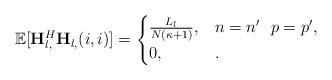
LaTeX: \begin{align*}\mathbb{E}[\mathbf{H}^H_{l,}\mathbf{H}_{l,}(i,i)] = \begin{cases}\frac{L_l}{N(\kappa+1)}, & n=n'~~p=p', \\0, & .\end{cases}\end{align*}